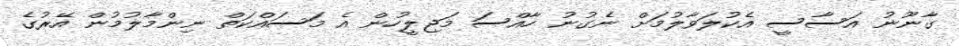
ގާނޫނު އަސާސީ އެކުލަވާލުމަށް ނެގުނު ހާއްސަ މަޖިލީހުން އެ މަސައްކަތް ނިންމާލުމުން އޭރުގެ